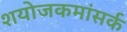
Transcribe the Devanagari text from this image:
शयोजकमांसर्क